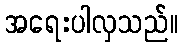
အရေးပါလှသည်။